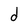
Character: d